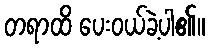
တရာထိ ပေးဝယ်ခဲ့ပါ၏။